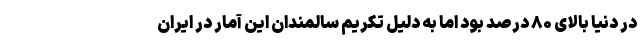
در دنیا بالای ۸۰ درصد بود اما به دلیل تکریم سالمندان این آمار در ایران